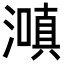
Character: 𬉌